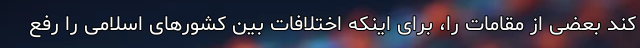
کند بعضی از مقامات را، برای اینکه اختلافات بین کشورهای اسلامی را رفع